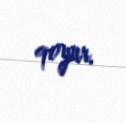
qoyur.